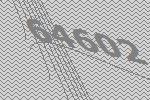
64602